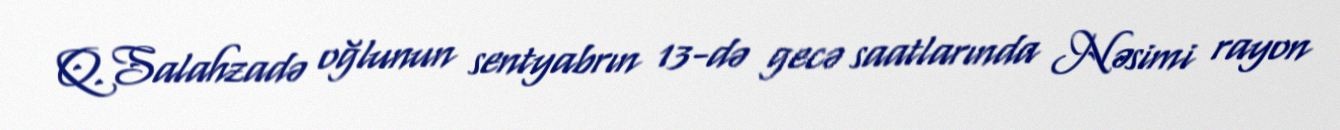
Q.Salahzadə oğlunun sentyabrın 13-də gecə saatlarında Nəsimi rayon